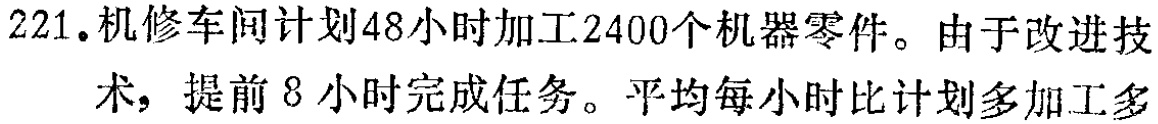
221.机修车间计划48小时加工2400个机器零件。由于改进技术，提前8小时完成任务。平均每小时比计划多加工多